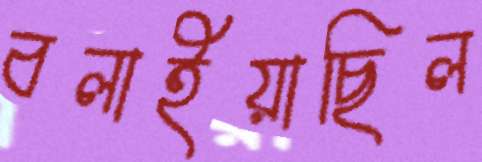
বলাইয়াছিল